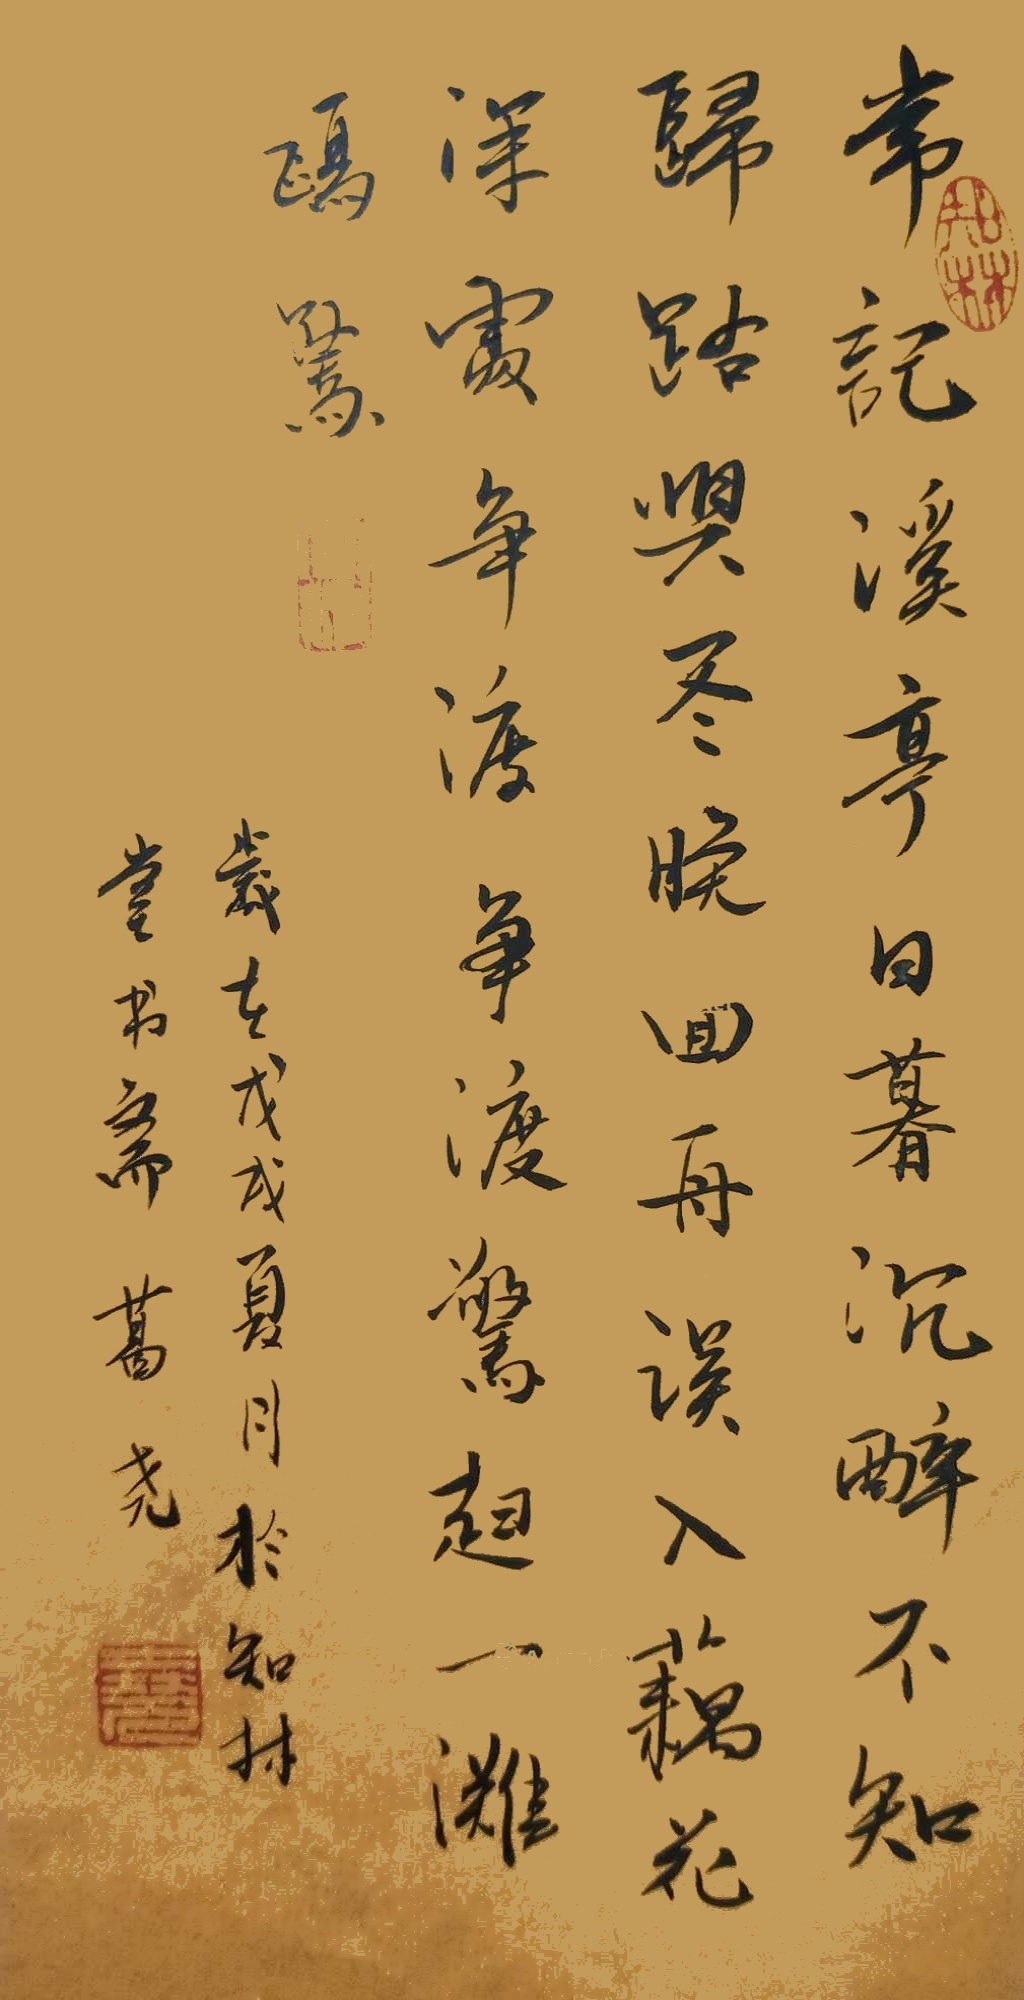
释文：常记溪亭日暮，沉醉不知归路。兴尽晚回舟，误入藕花深处。争渡，争渡，惊起一滩鸥鹭。李清照如梦令·常记溪亭日暮画芯